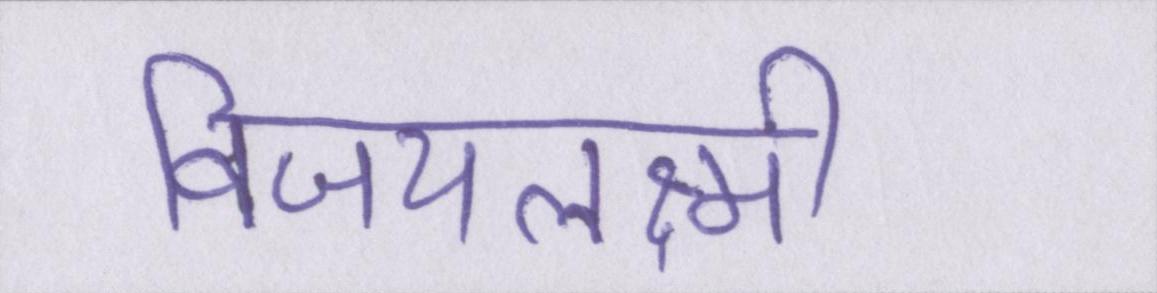
विजयलक्ष्मी